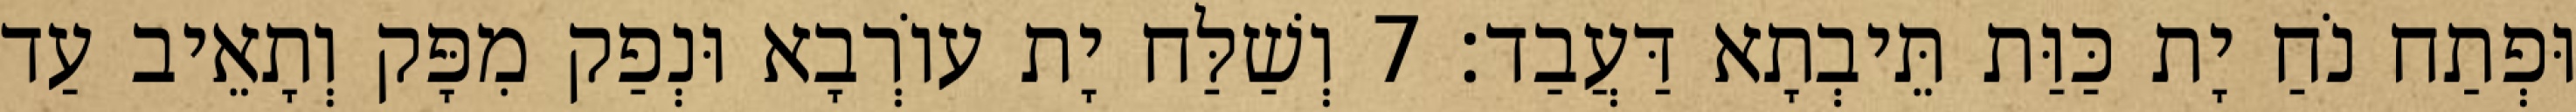
וּפְתַח נֹחַ יָת כַּוַּת תֵּיבְתָא דַּעֲבַד׃ 7 וְשַׁלַּח יָת עוֹרְבָא וּנְפַק מִפָּק וְתָאֵיב עַד